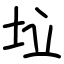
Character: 垃